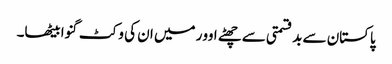
پاکستان سے بدقسمتی سے چھٹے اوور میں ان کی وکٹ گنوا بیٹھا۔